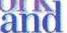
and